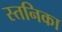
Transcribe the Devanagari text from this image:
स्तनिका